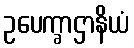
ဥပေက္ခာဌာနိယံ